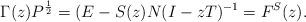
LaTeX: \begin{align*}\Gamma(z)P^{\frac{1}{2}}=(E-S(z)N(I-zT)^{-1}=F^S(z).\end{align*}